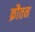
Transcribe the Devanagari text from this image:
क्रौतन